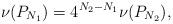
LaTeX: \begin{align*} \nu(P_{N_1}) = 4^{N_2 - N_1} \nu(P_{N_2}),\end{align*}